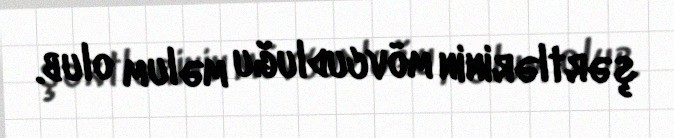
şərtlərinin mövcudluğu məlum olub.